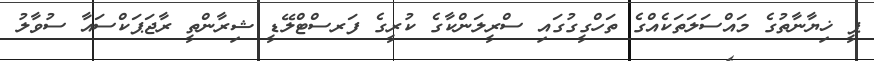
ޕީ ޚިޔާނާތުގެ މައްސަލަތަކެއްގެ ތަހްގީގުގައި ސްރީލަންކާގެ ކުރީގެ ފަރސްޓްލޭޑީ ޝިރާންތީ ރާޖަޕަކްސައާ ސުވާލު